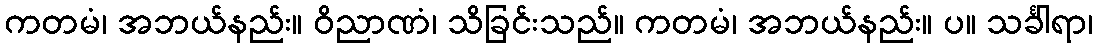
ကတမံ၊ အဘယ်နည်း။ ဝိညာဏံ၊ သိခြင်းသည်။ ကတမံ၊ အဘယ်နည်း။ ပ။ သင်္ခါရာ၊